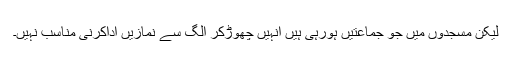
لیکن مسجدوں میں جو جماعتیں ہورہی ہیں انہیں چھوڑکر الگ سے نمازیں اداکرنی مناسب نہیں۔